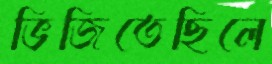
ভিজিতেছিলে